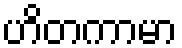
ဟိတကာမာ